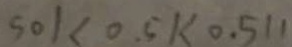
5 0 1 < 0 . 5 1 < 0 . 5 1 1